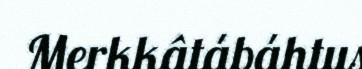
Merkkâtábáhtus